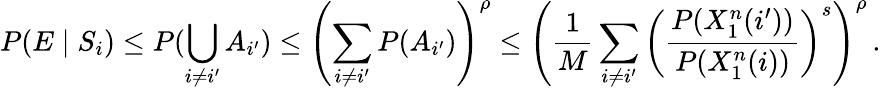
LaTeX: P(E\mid S_{i})\leq P(\bigcup_{i\neq i^{\prime}}A_{i^{\prime}})\leq\left(\sum_{i\neq i^{\prime}}P(A_{i^{\prime}})\right)^{\rho}\leq\left({\frac{1}{M}}\sum_{i\neq i^{\prime}}\left({\frac{P(X_{1}^{n}(i^{\prime}))}{P(X_{1}^{n}(i))}}\right)^{s}\right)^{\rho}\, .